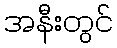
အနီးတွင်